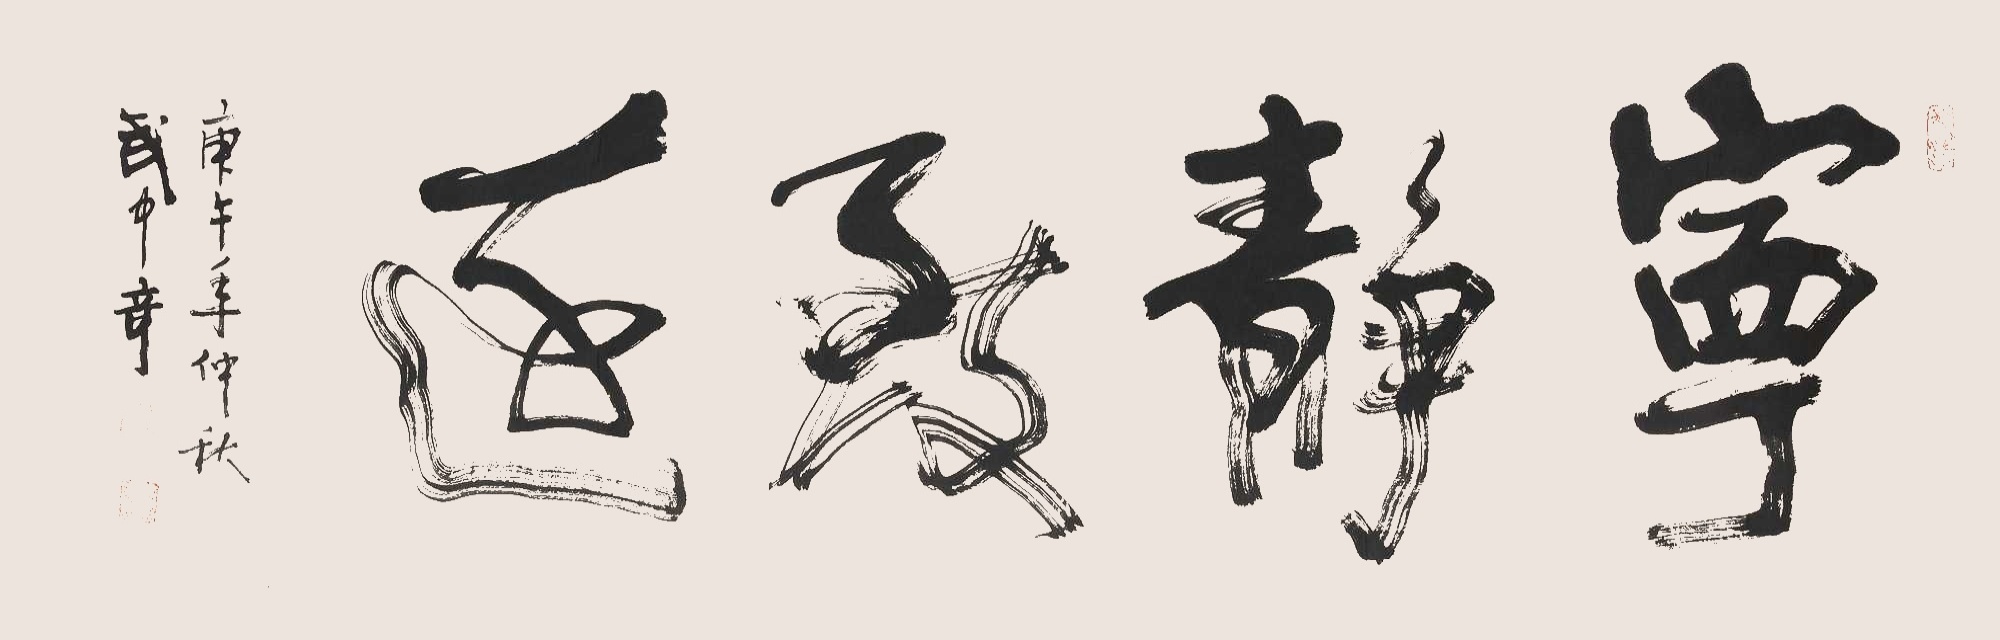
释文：宁静致远。庚午年仲秋武中奇。